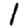
Digit: 1